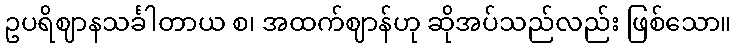
ဥပရိဈာနသင်္ခါတာယ စ၊ အထက်ဈာန်ဟု ဆိုအပ်သည်လည်း ဖြစ်သော။